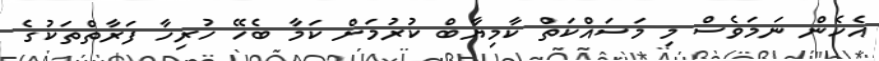
އެހެން ނަމަވެސް މި މަސައްކަތް ކާމިޔާބް ކުރުމަށް ކަމާ ބެހޭ ހުރިހާ ފަރާތްތަކުގެ